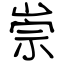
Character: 崇